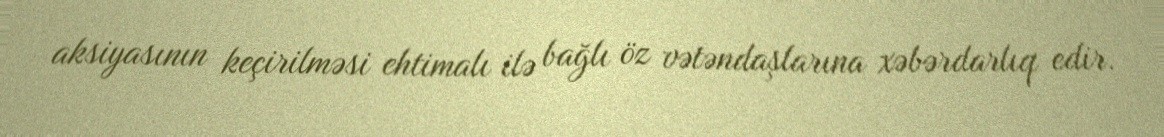
aksiyasının keçirilməsi ehtimalı ilə bağlı öz vətəndaşlarına xəbərdarlıq edir.